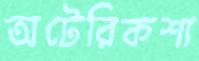
অটেরিকশা